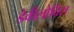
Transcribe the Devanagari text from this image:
डेवीलोविश